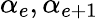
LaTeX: \alpha_{e},\alpha_{e+1}